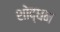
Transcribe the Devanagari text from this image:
शोद्धन